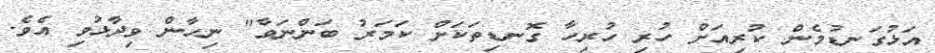
އަޅުގަނޑުމެން ކުރިއަށް ހުރި ހުރިހާ ގޮނޑިތަކަށް ކަމަރު ބަންނަވާ" ނިހާން ވިދާޅުވި އެވެ.